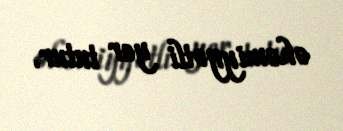
əhəmiyyətli yer tutur.